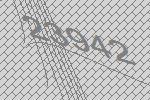
23942